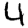
Digit: 4